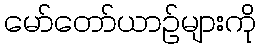
မော်တော်ယာဉ်များကို